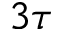
3 \tau